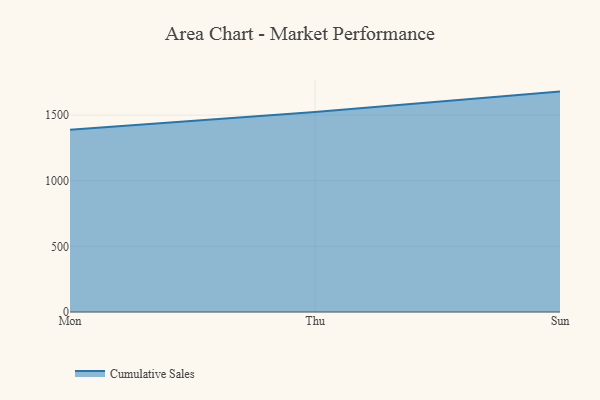
{"axis": {"x": "Day", "y": "Gross Profit (USD K)"}, "legend": ["Cumulative Sales"], "data": [{"x": "Mon", "y": 1388.4, "type": "Cumulative Sales"}, {"x": "Thu", "y": 1524.4, "type": "Cumulative Sales"}, {"x": "Sun", "y": 1679.4, "type": "Cumulative Sales"}]}